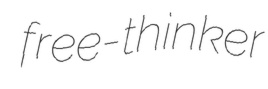
free-thinker